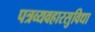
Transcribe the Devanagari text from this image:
पत्रव्यवहारसुविधा